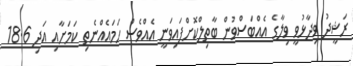
ރަޝީދު ވިދާޅުވީ ވިލާގެ އެއްބަސްވުން ބާތިލްކޮށްފައިވަނީ އެއްވެސް ހަމައެއްނެތި ކަމަށާއި އަދި 18.6